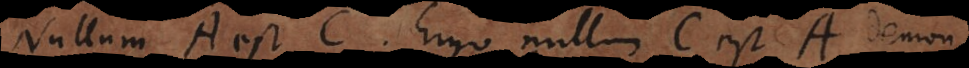
Nullum A est C. Ergo nullum C est A demons